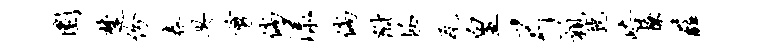
圜楚份舂臭剪倘漾倘附拯瓦皇弓亲虢峪撩薛